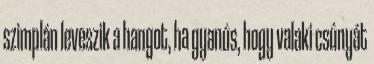
szimplán leveszik a hangot, ha gyanús, hogy valaki csúnyát